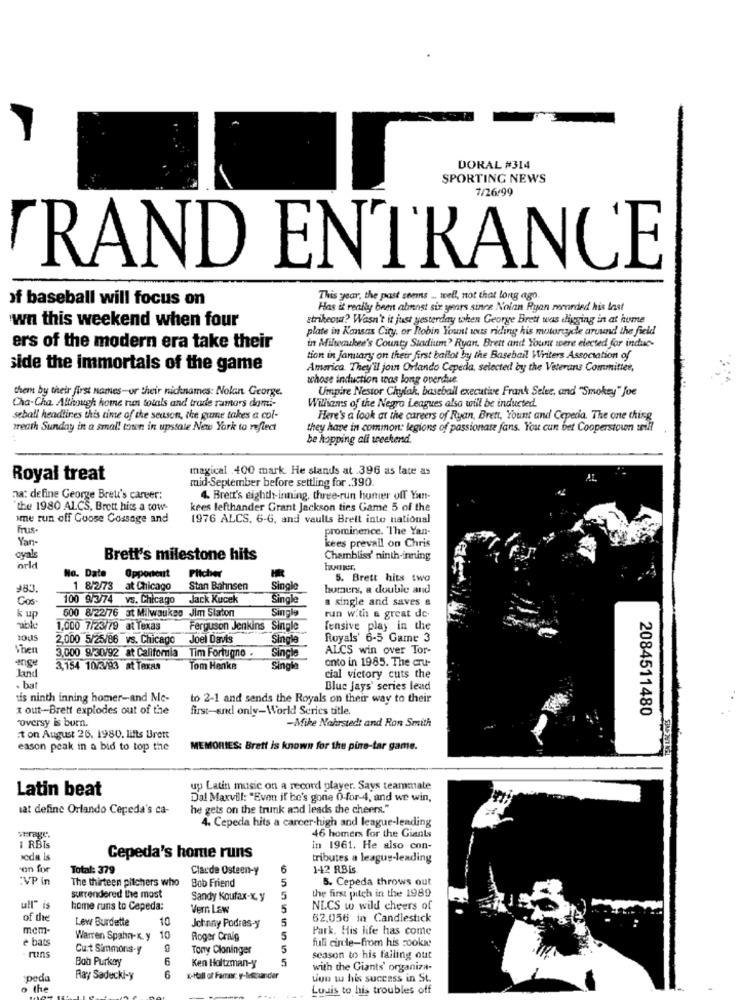
DORAL #314
SPORTING NEWS
7/26/99
RAND ENTRANCE
of baseball will focus on
This year, the past seems .. well, not that long ago
Has it really been almost six years since Nolan Ryan recorded his Inst
wn this weekend when four
strikeout? Wasn't it just yesterday when George Brett was digging in at home
plate in Kansas City, or Robin Yount uns riding his motorcycle around the field
ers of the modern era take their
in Milwaukee's County Stadium? Ryan, Brett and Yount were elected for induc-
tion in january on their first ballot by the Baseball Writers Association of
side the immortals of the game
America. They'll join Orlando Cepeda, selected by the Veterans Committee,
whose induction was long overdue.
them by their first names-or their nicknames: Nolan George.
Umpire Nestor Chylak, baseball executive Frank Selee, and "Smokey" Joe
Cha-Cha. Although home rum totals and trade ramors domi-
Willian's of the Negro Leagues also will be inducted
seball headlines this time of the season, the game takes a col-
Here's a look at the careers of Ryan, Brett, Yount and Cepedia. The one thing
wreath Sunday in a small town in upstate New York to reflect
they have in common: legions of passionate fans. You cun bet Cooperstown will
be hopping all weekend.
magical .400 mark. He slands at .396 as late as
Royal treat
mid-September before settling for .390.
na: define George Breu's career;
4. Brett's eighdr-inning, three-run humer off Yun-
the 1980 ALCS, Brett hits a tow-
kees lefthander Grant Jackson ties Game 5 of the
ime run off Goose Cossage and
1976 ALCS, 6-6, and vaults Breit into national
Frus
prominence. 'The Yan-
Yan-
kees prevail on Chris
oyals
Brett's milestone hits
Chambliss' ninth-inning
orl
Opportent
Pitcher
hummer,
No. Date
5. Brett hits two
#83.
1 8/2/73 at Chicago
Stan Bahnsen
Single
homers, a double and
100 9/3/74 vs. Chicago
Jack Kucek
Single
a single and saves &
k up
500 8/22/76 st Milwaukee Jim Starton
Single
run with a great de-
able
1,000 7/23/79 at Texas
Ferguson Jenkins
Single
fensive play in the
2,000 5/25/86 vs. Chicago
Joel Davis
Single
Royals' 6-5 Game 3
Ther
Tim Fortugno.
ALCS win over Tor-
ange
3,000 9/30/92 at California
Single
onto in 1985. The cru-
3,154 10/3/93 at Texas
Tom Henke
Single
cial victory cuts the
. bat
Blue Jays' series lead
tis ninth inning homer-and Mc-
to 2-1 and sends the Royals on their way to their
x out-Brett explodes out of the
first-and only-World Series title.
"oversy is born.
-Mike Nohrstedt and Ron Smith
2084511480
t on August 26. 1980. lifts Brett
eason peak in a bid to top the
MEMORIES: Brett is known for the pine-tar game.
Latin beat
up Latin music on a record player. Says teammate
Dal Maxvill: "Even if he's gone O-for-4, and we win,
at define Orlando Cepeda's ca-
he gets on the trunk and leads the cheers."
4. Cepeda hits a career-high and league-lending
46 homers for the Giants
verage.
I RBIS
in 1961. He also con-
seda is
Cepeda's home runs
tributes a league-leading
on for
Total: 379
Claude Osteen-y
6
142 RBIS
:VP in
The thirteen pitchers who
Bob Friend
5
5. Cepeda throws out
surrendered the most
the first pitch in the 1989
Sandy Koufax-x. y
5
ull" is
home runs to Capeda:
Vern Law
5
NLCS w wild cheers of
of the
Lew Burdette
10
5
62.056 in Candlestick
mem-
Johnny Podras-y
Park. His life has come
è bats
Warren Spahn-K. y
10
Roger Craig
5
full circle-from his rookie
Cuit Simmons-y
Tony Cloninger
5
runs
Bah Purkay
6
5
season to his failing out
Ken Holtzman-y
with the Giants' organiza-
speda
Ray Sadeck-y
6
x-Hall of Famer: y-Meeuuander
Lion w his success in St.
o the
Louis to his troubles off